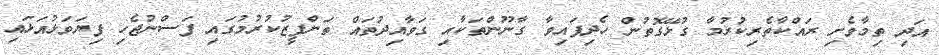
އަދި ތިމާވެށި ރައްކާތެރިކުރުމާ ގުޅޭގޮތުން ހެދިފައިވާ ގާނޫންތަކާއި ގަވާއިދުތައް ތަންފީޒުކުރުމުގައި ފަސްނުޖެހި ފިޔަވަޅުއަޅައި